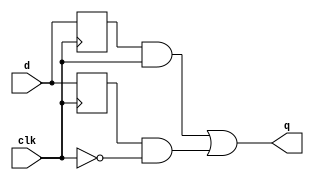
module top_module (
    input clk,
    input d,
    output q
);
	wire q_pos, q_neg;
    always @(posedge clk) q_pos <= d;
    always @(negedge clk) q_neg <= d;
    assign q = (q_pos & clk) | (q_neg & !clk);
endmodule